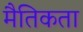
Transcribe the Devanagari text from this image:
मैतिकता